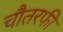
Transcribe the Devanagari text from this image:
चौतरफी